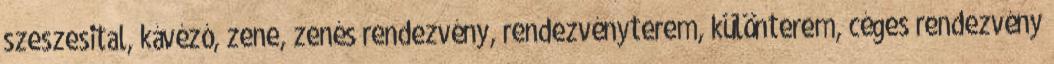
szeszesital, kávézó, zene, zenés rendezvény, rendezvényterem, különterem, céges rendezvény